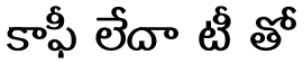
కాఫీ లేదా టీ తో